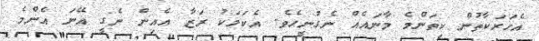
އެހަރަކާތުން ކިތަންމެ މާނައެއް ނެގުނީހެވެ. އެކަމަކު ރަޒާ އެއިން ނެގީ އޭނަ އެންމެ